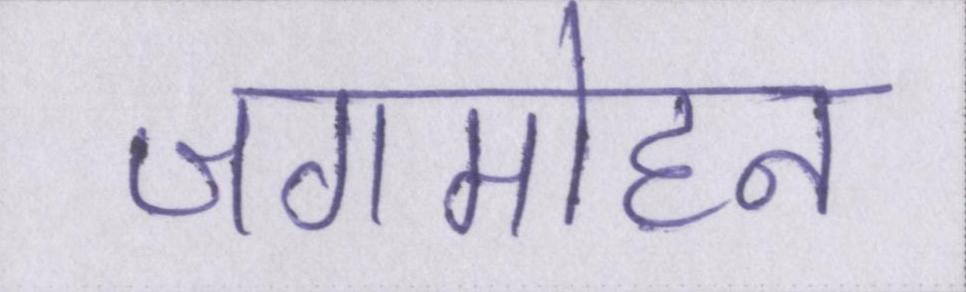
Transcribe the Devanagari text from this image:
जगमोहन